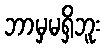
ဘာမှမရှိဘူး